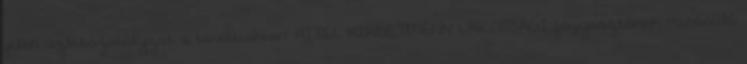
jelen üzletszabályzat a továbbiakban: HITEL HIRDETMÉNY LAKOSSÁGI fogyasztónak minősülő